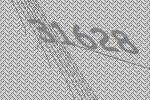
31628